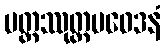
ပတ္တဿုတ္တမဝေဒနံ